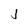
Character: j